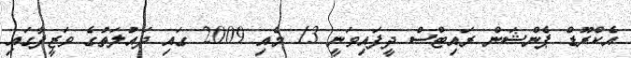
އެކްރޫޑް ޕެންޝަން ރައިޓްސް ދީފައިވަނީ 13 މެއި 2009 ގައި ދައުލަތުގެ ވަޒީފާގައި